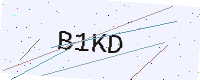
Text: B1KD